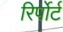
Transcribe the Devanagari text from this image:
रिर्पोर्ट